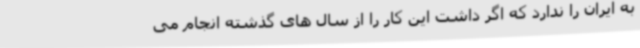
به ایران را ندارد که اگر داشت این کار را از سال های گذشته انجام می